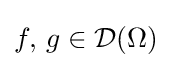
f,\,g\in {\mathcal {D}}(\Omega )